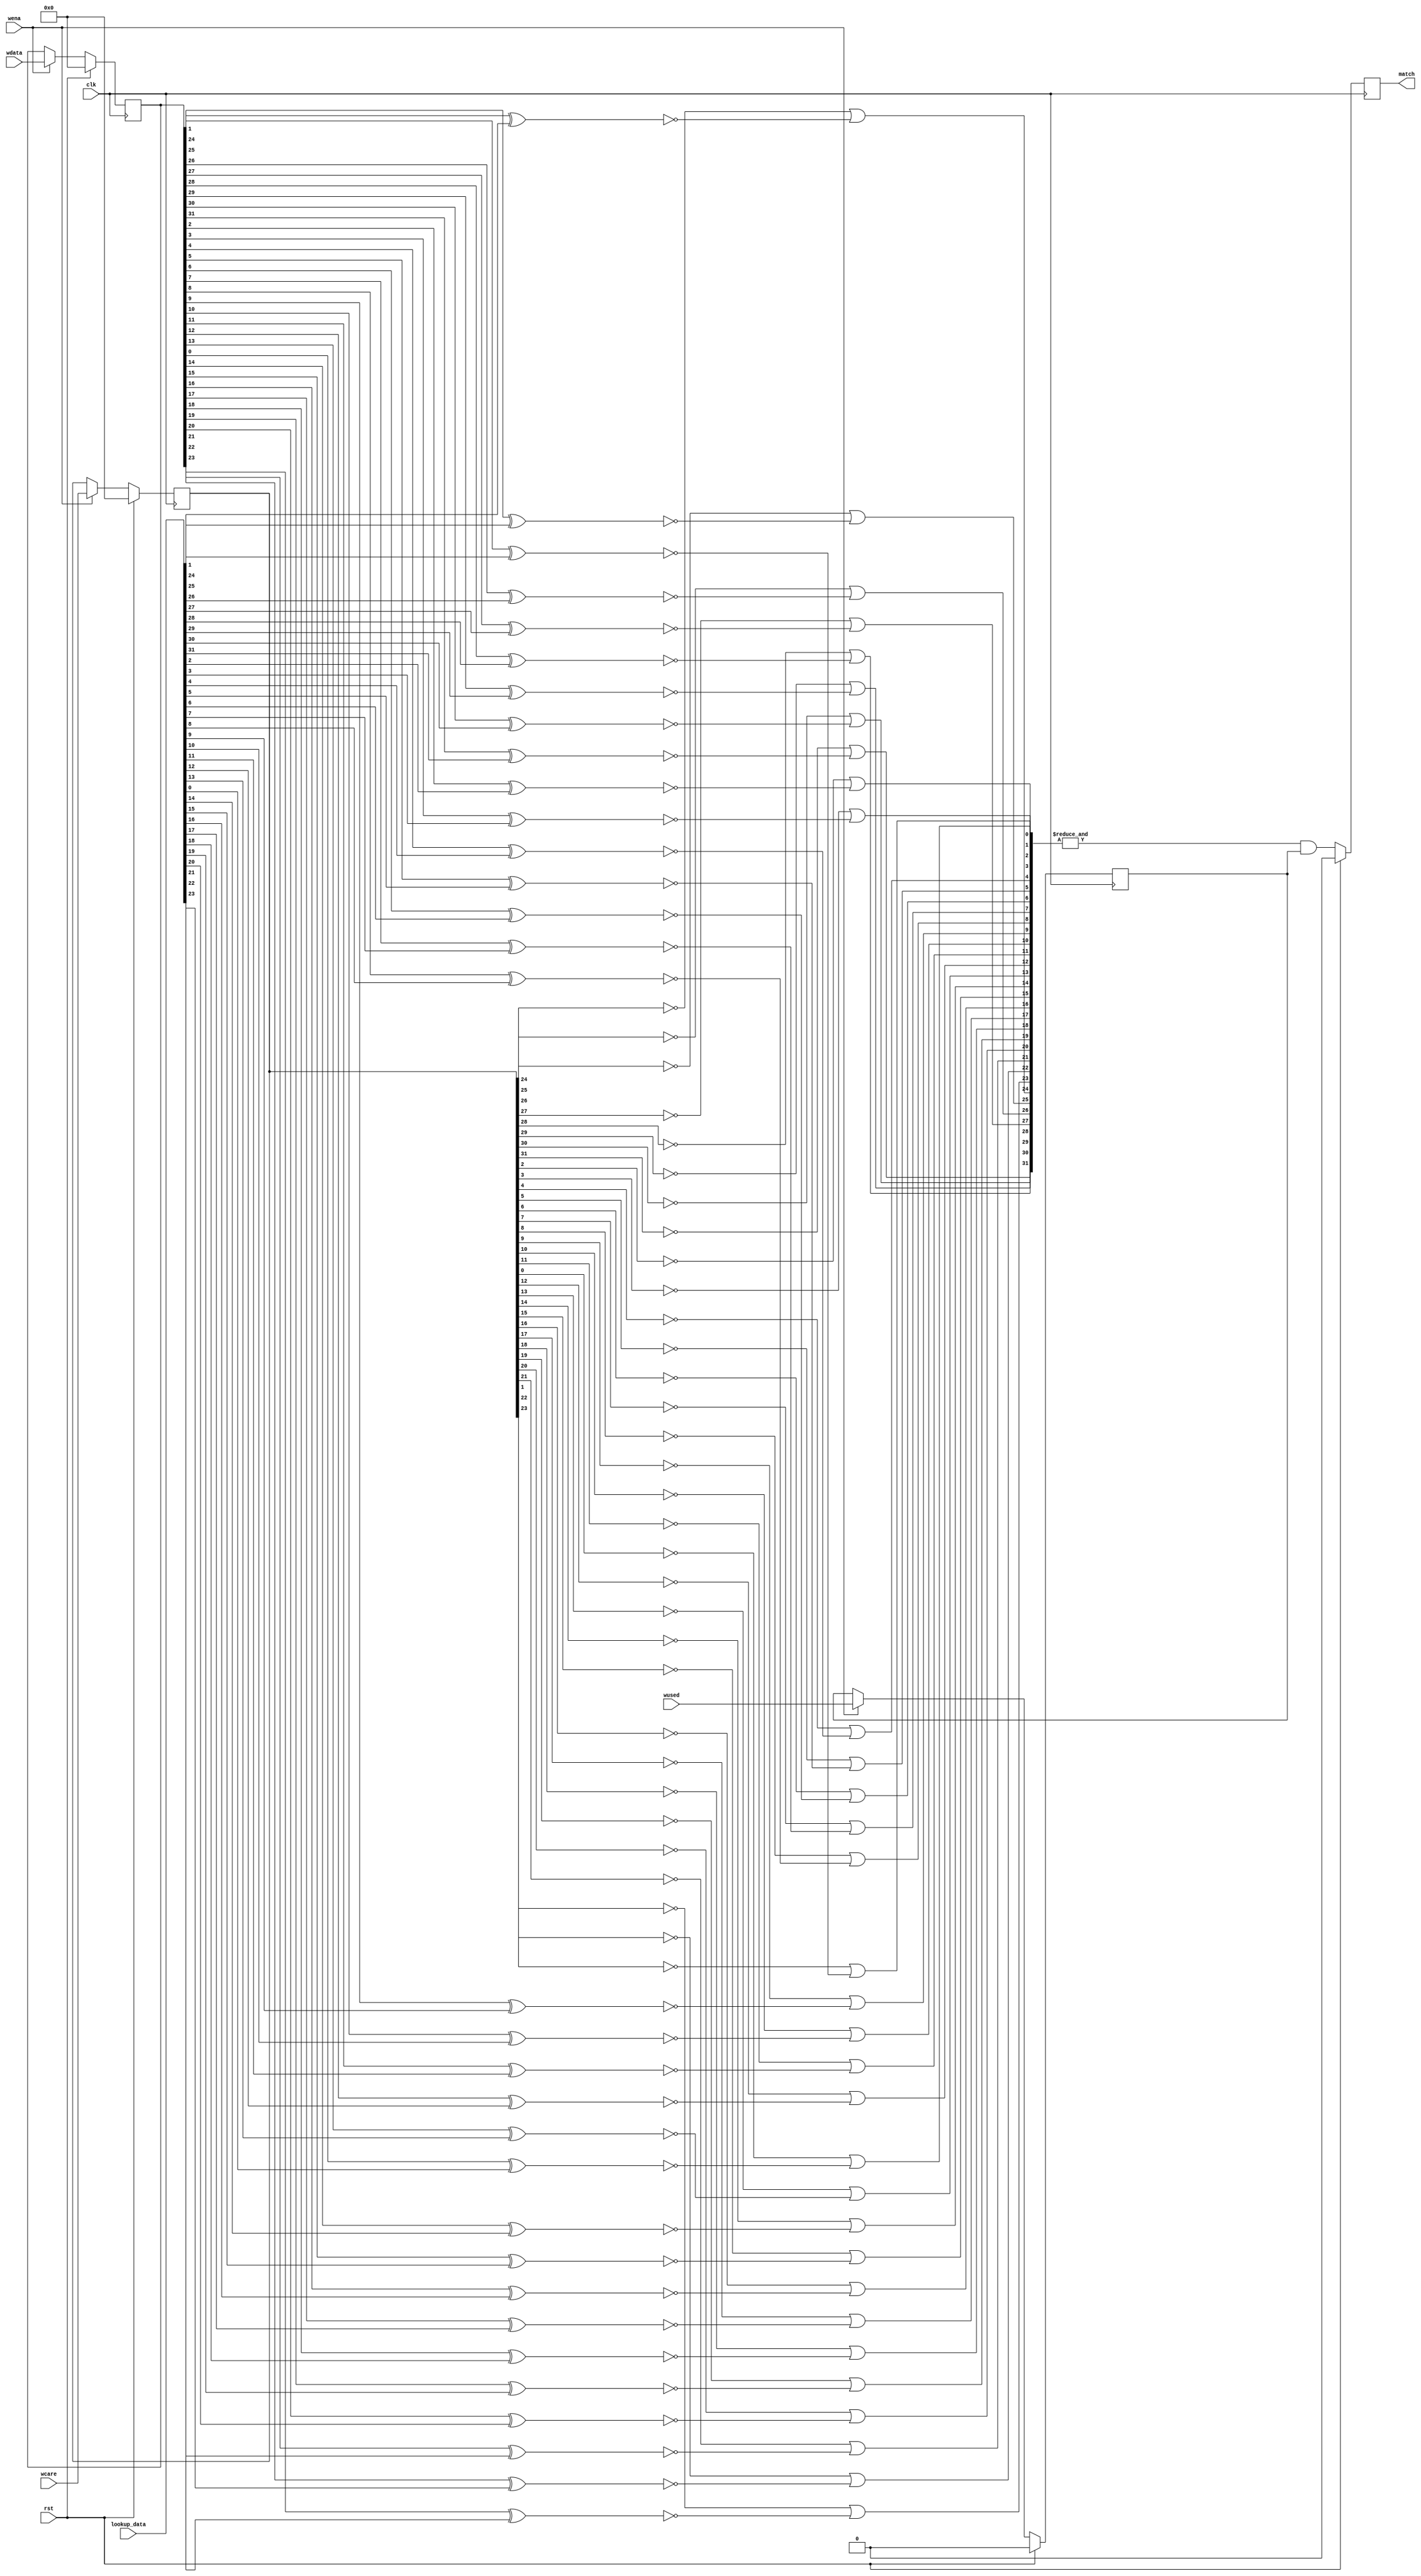
// Copyright 2007 Altera Corporation. All rights reserved.  
// Altera products are protected under numerous U.S. and foreign patents, 
// maskwork rights, copyrights and other intellectual property laws.  
//
// This reference design file, and your use thereof, is subject to and governed
// by the terms and conditions of the applicable Altera Reference Design 
// License Agreement (either as signed by you or found at www.altera.com).  By
// using this reference design file, you indicate your acceptance of such terms
// and conditions between you and Altera Corporation.  In the event that you do
// not agree with such terms and conditions, you may not use the reference 
// design file and please promptly destroy any copies you have made.
//
// This reference design file is being provided on an "as-is" basis and as an 
// accommodation and therefore all warranties, representations or guarantees of 
// any kind (whether express, implied or statutory) including, without 
// limitation, warranties of merchantability, non-infringement, or fitness for
// a particular purpose, are specifically disclaimed.  By making this reference
// design file available, Altera expressly does not recommend, suggest or 
// require that this reference design file be used in combination with any 
// other product not provided by Altera.
/////////////////////////////////////////////////////////////////////////////

//////////////////////////////////////////
// baeckler - 08-24-2007
//
// Storage register with don't care comparator 
// for use in register based ternary CAM

module reg_cam_cell (
	clk,rst,
	wdata,wcare,wused,wena,
	lookup_data,match
);

parameter DATA_WIDTH = 32;

input clk,rst;
input [DATA_WIDTH-1:0] wdata, wcare;
input wused,wena;

input [DATA_WIDTH-1:0] lookup_data;
output match;
reg match;

reg cell_used;

// Storage cells
reg [DATA_WIDTH - 1 : 0] data;
reg [DATA_WIDTH - 1 : 0] care;
always @(posedge clk) begin
  if (rst) begin
	cell_used <= 1'b0;
	data <= {DATA_WIDTH{1'b0}};
	care <= {DATA_WIDTH{1'b0}};
  end else begin
	if (wena) begin
	   cell_used <= wused;
	   data <= wdata;
       care <= wcare;
	end
  end
end

// Ternary match
wire [DATA_WIDTH-1:0] bit_match;
genvar i;
generate 
  for (i=0; i<DATA_WIDTH; i=i+1)
  begin : bmt
    assign bit_match[i] = !care[i] | !(data[i] ^ lookup_data[i]);
  end
endgenerate

always @(posedge clk) begin
  if (rst) match <= 1'b0;
  else match <= (& bit_match) & cell_used;
end

endmodule